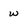
Character: w